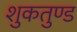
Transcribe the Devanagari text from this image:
शुकतुण्ड